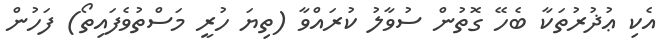
އެކި ޢުޛުރުތަކާ ބެހޭ ގޮތުން ސުވާލު ކުރައްވާ (ތިޔަ ހުރީ މަސްތުވެފައިތޯ) ފަހުން